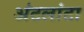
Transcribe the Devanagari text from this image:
अंटलांटा